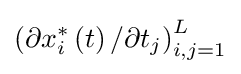
\left(\partial x_{i}^{\ast }\left(t\right)/\partial t_{j}\right)_{i,j=1}^{L}